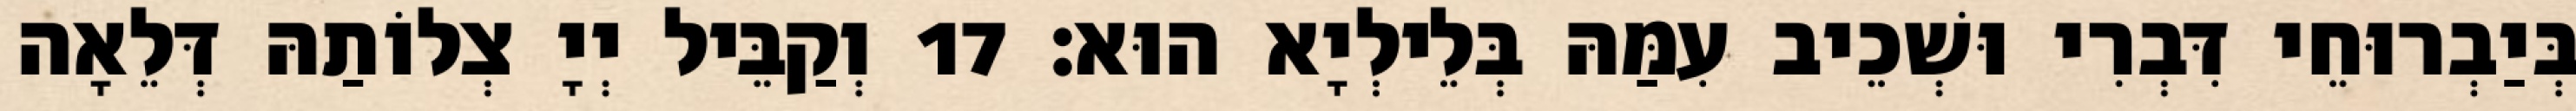
בְּיַבְרוּחֵי דִּבְרִי וּשְׁכֵיב עִמַּהּ בְּלֵילְיָא הוּא׃ 17 וְקַבֵּיל יְיָ צְלוֹתַהּ דְּלֵאָה